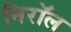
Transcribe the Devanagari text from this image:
निरॉल